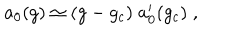
LaTeX: a _ { 0 } ( g ) \simeq ( g - g _ { c } ) \; a _ { 0 } ^ { \prime } ( g _ { c } ) \; ,